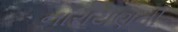
નારાયણની